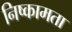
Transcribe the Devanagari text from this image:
निष्कामता